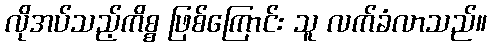
လိုအပ်သည့်ကိစ္စ ဖြစ်ကြောင်း သူ လက်ခံလာသည်။